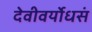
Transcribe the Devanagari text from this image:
देवीवर्योधसं